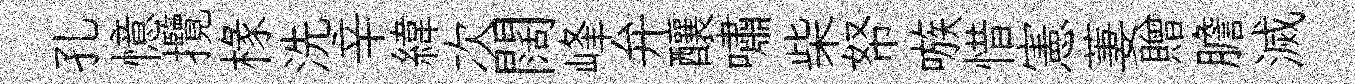
孔憶攬椽洗辛緯次闊峰弁釀嘯柴帑嗾惜憲萋贈膽滅